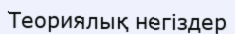
Теориялық негiздер